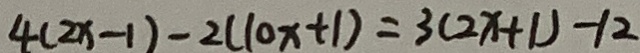
4 ( 2 x - 1 ) - 2 ( 1 0 x + 1 ) = 3 ( 2 x + 1 ) - 1 2